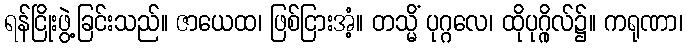
ရန်ငြိုးဖွဲ့ခြင်းသည်။ ဇာယေထ၊ ဖြစ်ငြားအံ့။ တသ္မိံ ပုဂ္ဂလေ၊ ထိုပုဂ္ဂိုလ်၌။ ကရုဏာ၊